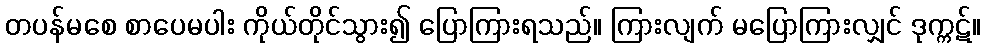
တပန်မစေ စာပေမပါး ကိုယ်တိုင်သွား၍ ပြောကြားရသည်။ ကြားလျက် မပြောကြားလျှင် ဒုက္ကဋ်။